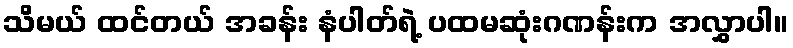
သိမယ် ထင်တယ် အခန်း နံပါတ်ရဲ့ ပထမဆုံးဂဏန်းက အလွှာပါ။